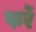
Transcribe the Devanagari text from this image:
फर्रे